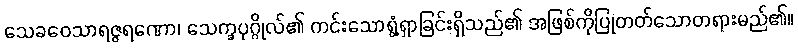
သေခဝေသာရဇ္ဇရဏော၊ သေက္ခပုဂ္ဂိုလ်၏ ကင်းသောရွံ့ရှာခြင်းရှိသည်၏ အဖြစ်ကိုပြုတတ်သောတရားမည်၏။